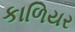
કાળિયર